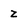
Character: z